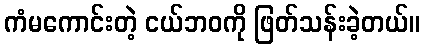
ကံမကောင်းတဲ့ ငယ်ဘဝကို ဖြတ်သန်းခဲ့တယ်။